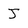
Character: J